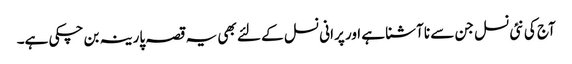
آج کی نئی نسل جن سے نا آشنا ہے اور پرانی نسل کے لئے بھی یہ قصہ پارینہ بن چکی ہے۔